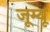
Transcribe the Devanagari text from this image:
जूम्यू